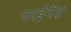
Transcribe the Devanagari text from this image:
फाईनेंस